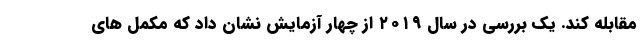
مقابله کند. یک بررسی در سال ۲۰۱۹ از چهار آزمایش نشان داد که مکمل های